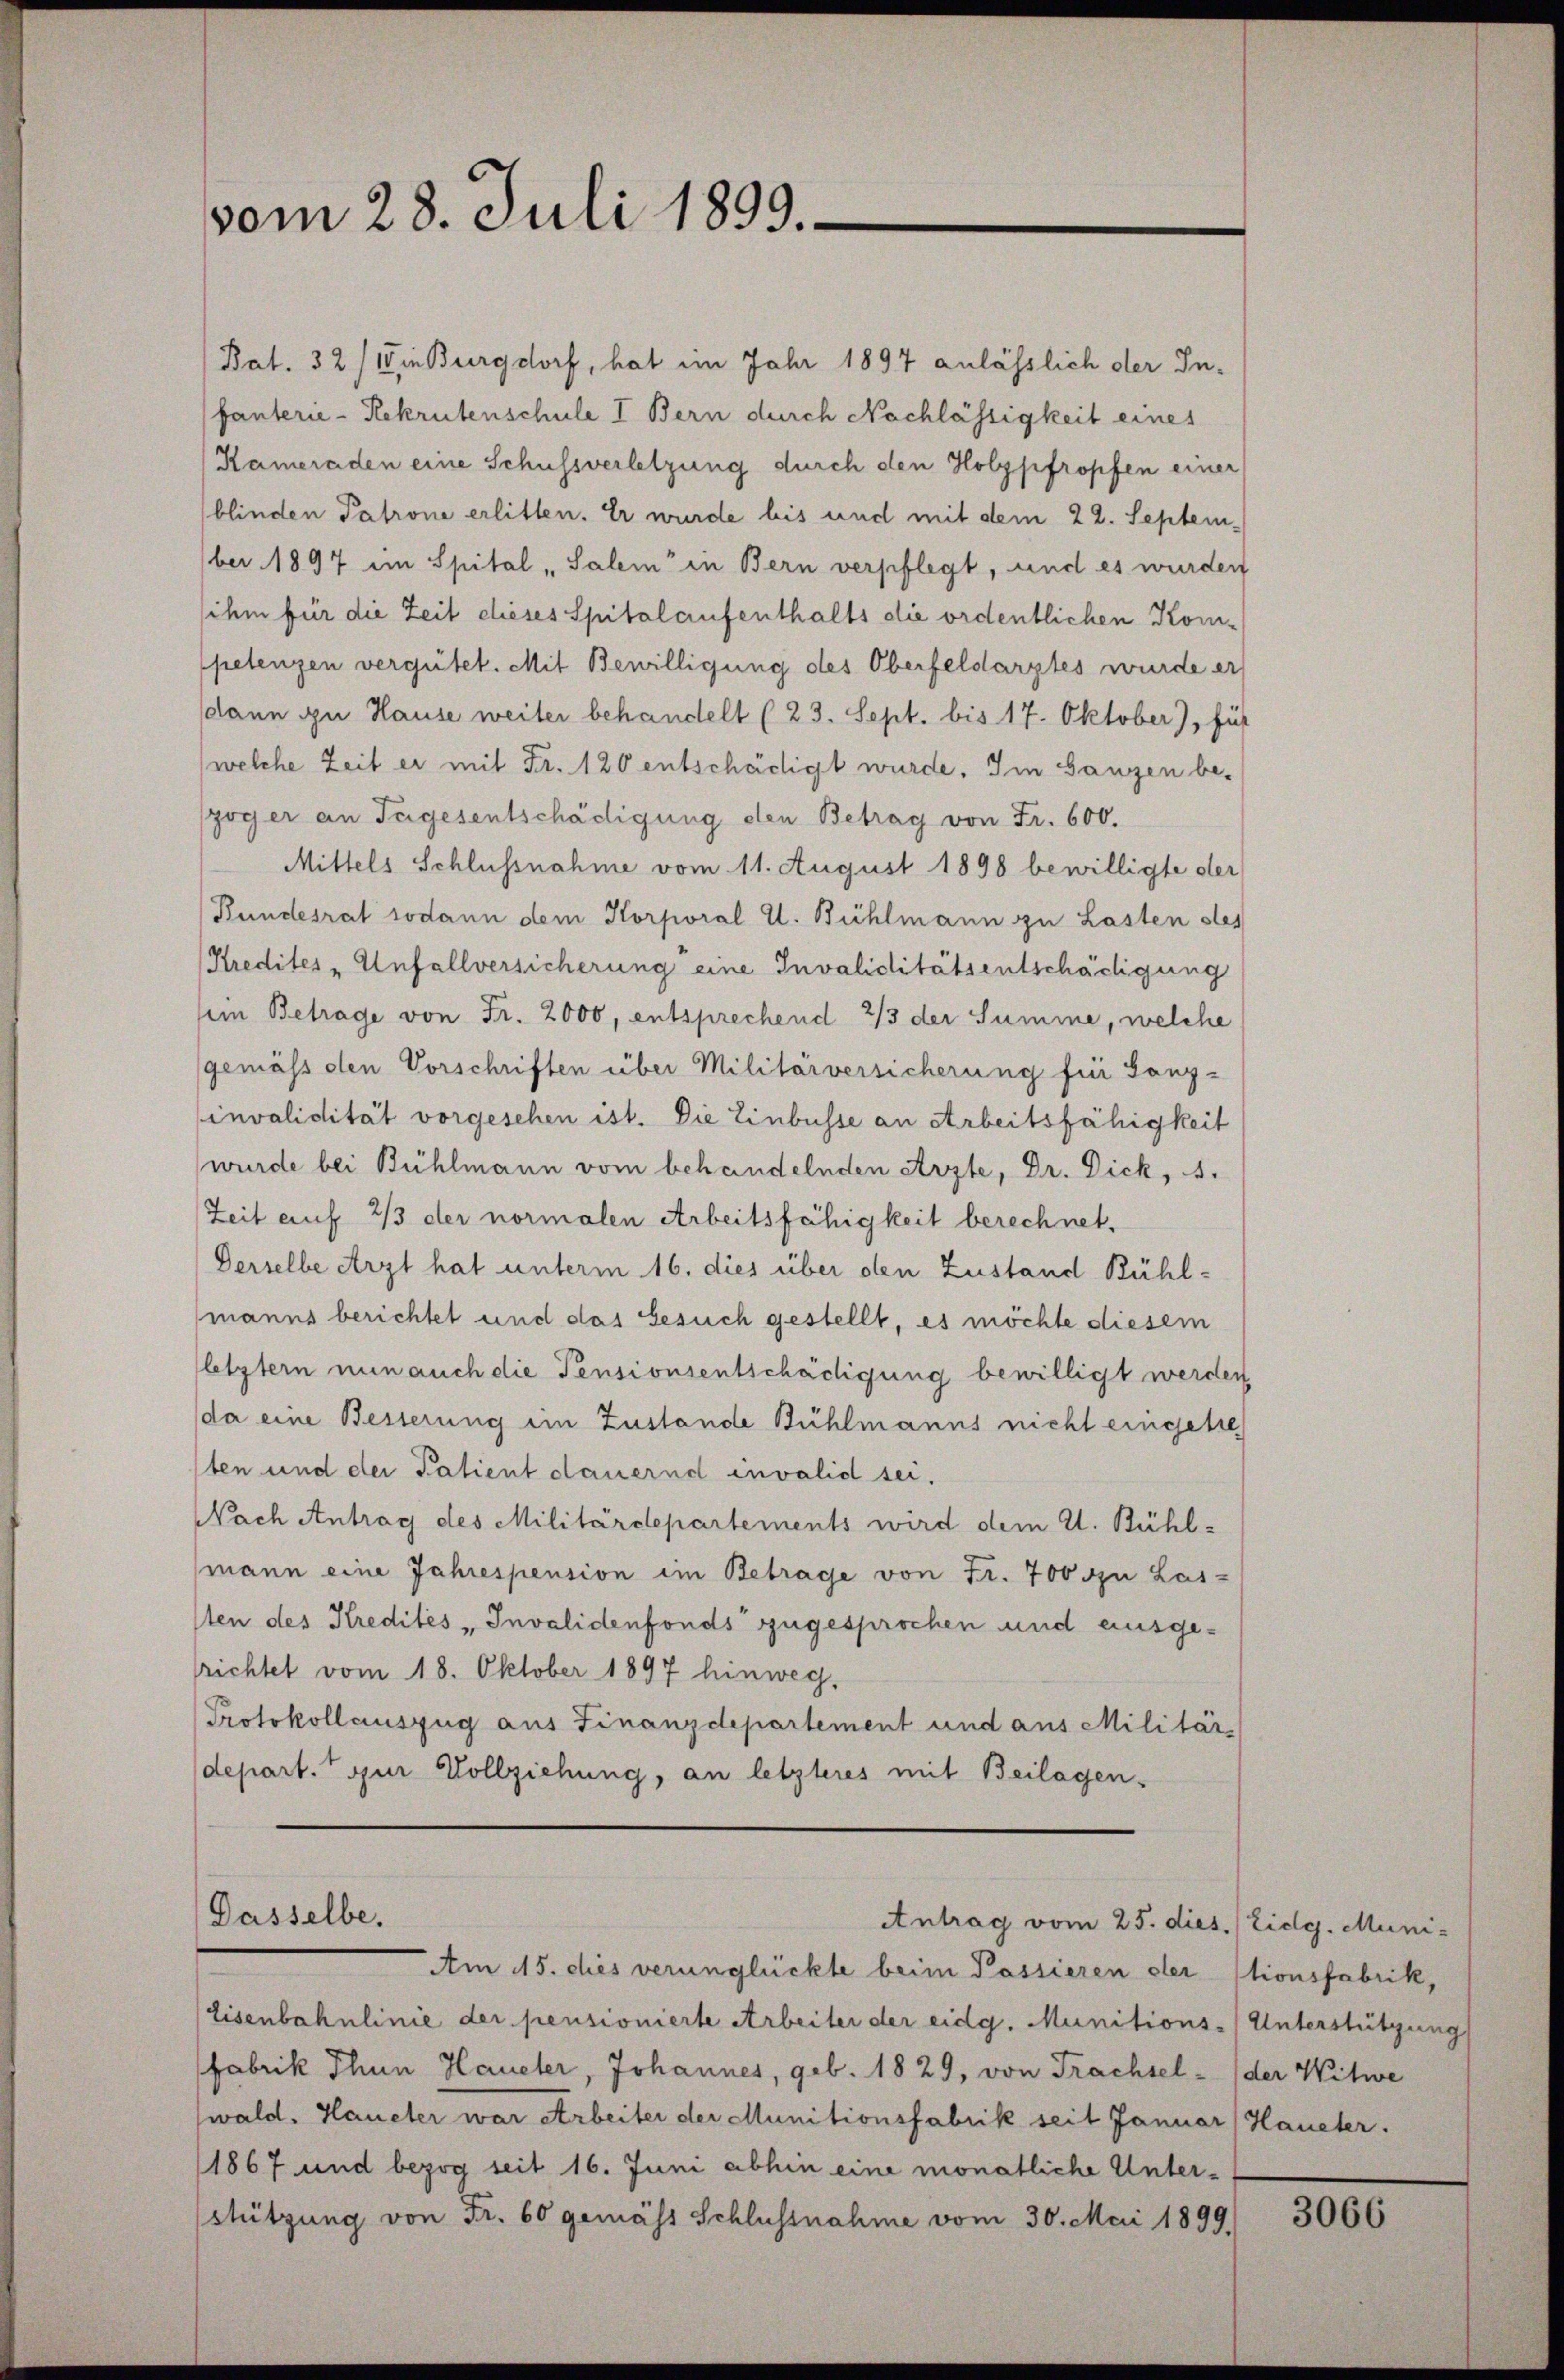
vom 28. Juli 1899.

Bat. 32) Wie Burgdorf, hat im Jahr 1897 anlässlich der Infanterie-Rekrutenschule I Bern durch Nachlässigkeit eines
(Kameraden eine Schussverletzung durch den Holzpfropfen einer
blinden Patrone erlitten. Er wurde bis und mit dem 22. September 1897 im Spital „Salem in Bern verpflegt, und es wurden
ihm für die Zeit dieses Spitalaufenthalts die ordentlichen Kom-
petenzen vergütet. Mit Bewilligung des Oberfeldarztes wurde er
dann zu Hause weiter behandelt (23. Sept. bis 17. Oktober), füh
welche Zeit er mit Fr. 120 entschädigt wurde. Im Ganzen be-
zöger an Tegesentschädigung den Betrag von Fr. 600.
Mittels Schlussnahme vom 11. August 1898 bewilligte der
Bundesrat sodann dem Korporal U. Bühlmann zu Lasten stes
Kredites - Unfallversicherung eine Invaliditätsentschädigung
sein Betrage von Fr. 2000, entsprechend 2/3 der Summe, welche
gemäss den Vorschriften über Militärversicherung für Tanz-
invalidität vorgesehen ist. Die Einbusse an Arbeitsfähigkeit
wurde bei Bühlmann vom behandelnden Arzte, Dr. Dick, 1.
Zeit auf 2/3 der normalen Arbeitsfähigkeit berechnet,
Derselbe Arzt hat unterm 16. dies über den Zustand Bühl-
manns berichtet und das Gesuch gestellt, es möchte diesem
letztern nun auch die Pensionsentschädigung bewilligt werden
da eine Besserung im Zustande Bühlmanns nicht eingetre
ten und der Patient dauernd invalid sei.
Nach Antrag des Militärdepartements wird dem 21. Bühl-
mann eine Jahrespension im Betrage von Fr. 700 zu Las-
sten des Kredites „Invalidenfonds zugesprochen und ausgelrichtet vom 18. Oktober 1897 hinweg.
Protokollauszug aus Finanzdepartement und aus Militär-
depart. Pour Vollziehung, an letzteres mit Beilagen.

Dasselbe.
Antrag vom 25. dies. Eidg. Muni-
Am 15. dies verunglückte beim Passieren der

Eisenbahnlinie der pensionierte Arbeiter der eidg. Munitions-Unterstützung
Fabrik Thun Haueter, Johannes, geb. 1829, von Trachsel-
wald. Haueter war Arbeiter der Munitionsfabrik seit Januar (Haueter.
1867 und bezog seit 16. Juni abhin eine monatliche Unterstützung von Fr. 60 gemäss Schlussnahme vom 30. Mai 1899.

tionsfabrik,
der Witwe

300